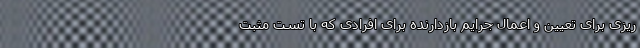
ریزی برای تعیین و اعمال جرایم بازدارنده برای افرادی که با تست مثبت